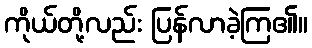
ကိုယ်တို့လည်း ပြန်လာခဲ့ကြ၏။